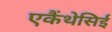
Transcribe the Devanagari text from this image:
एकैंथेसिई